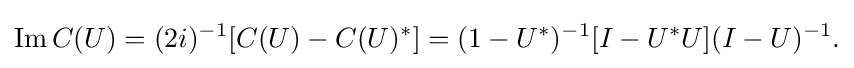
\displaystyle {\mathrm {Im} \,C(U)=(2i)^{-1}[C(U)-C(U)^{*}]=(1-U^{*})^{-1}[I-U^{*}U](I-U)^{-1}.}